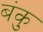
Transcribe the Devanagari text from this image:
बंकु